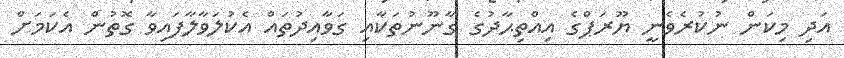
އަދި މިކަން ނުކުރެވެނީ ޔޫރަޕްގެ އިއްތިޙާދުގެ ގާނޫނުތަކާއި ގަވާއިދުތައް އެކުލަވާލާފައިވާ ގޮތުން އެކަމަށް